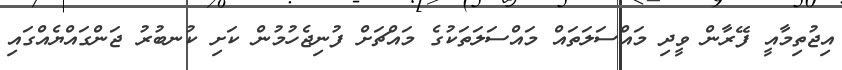
އިޖުތިމާއީ ފޭރާން ވީދި މައްސަލަތައް މައްސަލަތަކުގެ މައްޗަށް ފުނިޖެހުމުން ކަށި ކުނބުރު ޖަންގައްޔެއްގައި